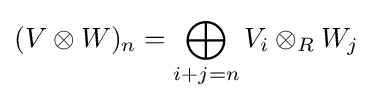
(V\otimes W)_{n}=\bigoplus _{i+j=n}V_{i}\otimes _{R}W_{j}